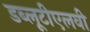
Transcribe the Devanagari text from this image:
डब्लूटीएलवी